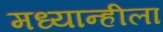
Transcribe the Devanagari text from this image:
मध्यान्हीला